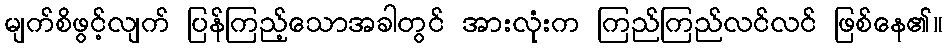
မျက်စိဖွင့်လျက် ပြန်ကြည့်သောအခါတွင် အားလုံးက ကြည်ကြည်လင်လင် ဖြစ်နေ၏။